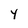
Character: y